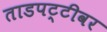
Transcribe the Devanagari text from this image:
ताडपट्टीवर